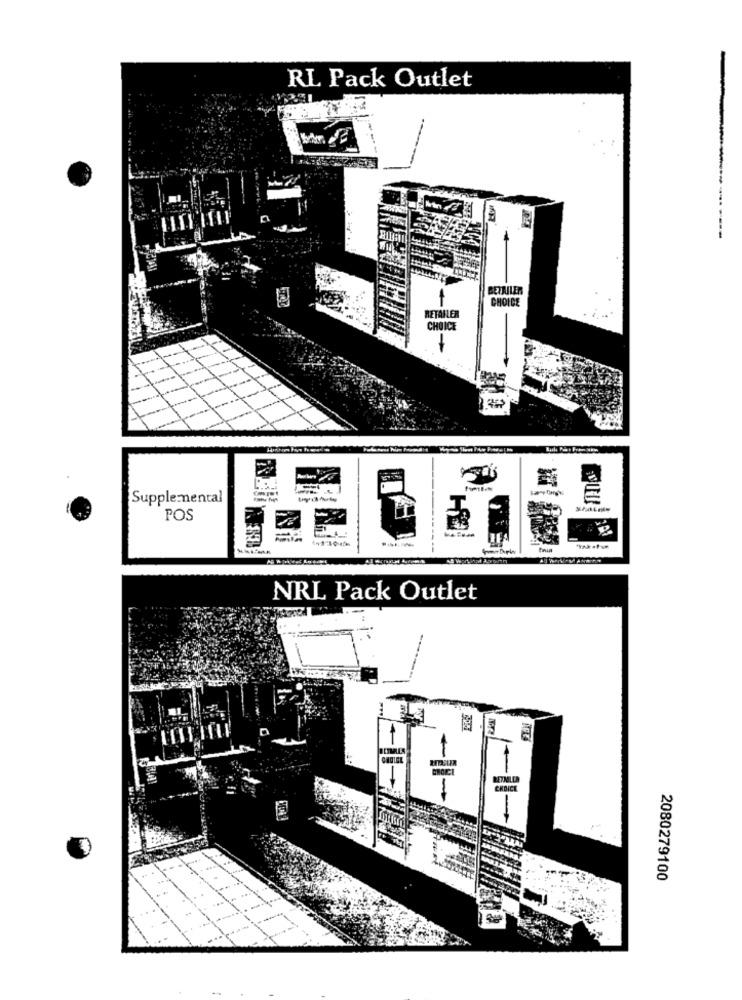
RL Pack Outlet
GETRILER
CHOICE
RETAILER
CHOICE
-
Supplemental
POS
ITF
NRL Pack Outlet
RETROLER
CHOICE
2080279100